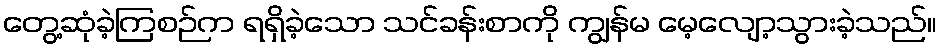
တွေ့ဆုံခဲ့ကြစဉ်က ရရှိခဲ့သော သင်ခန်းစာကို ကျွန်မ မေ့လျော့သွားခဲ့သည်။